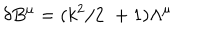
\delta B ^ { \mu } = ( k ^ { 2 } / 2 \, \, + 1 ) \Lambda ^ { \mu }